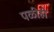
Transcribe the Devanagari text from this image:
पळीही